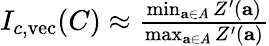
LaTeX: \begin{array}{r}{I_{c,\mathrm{vec}}(C)\approx\frac{\operatorname*{min}_{\mathbf{a}\in A}Z^{\prime}(\mathbf{a})}{\operatorname*{max}_{\mathbf{a}\in A}Z^{\prime}(\mathbf{a})}}\end{array}